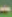
-